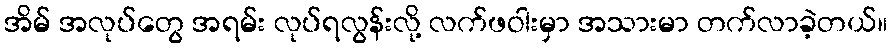
အိမ် အလုပ်တွေ အရမ်း လုပ်ရလွန်းလို့ လက်ဖဝါးမှာ အသားမာ တက်လာခဲ့တယ်။